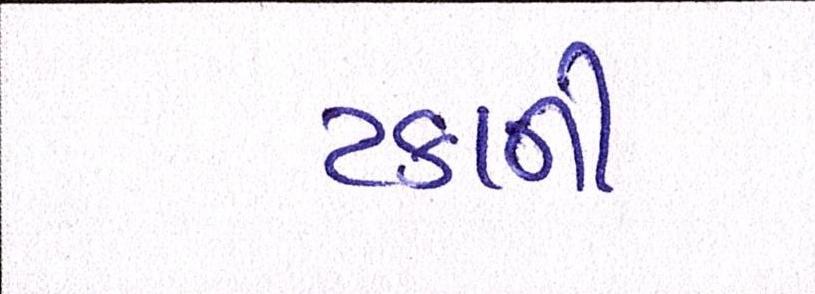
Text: ટકાની